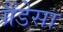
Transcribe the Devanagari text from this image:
ग्रैंडेसा